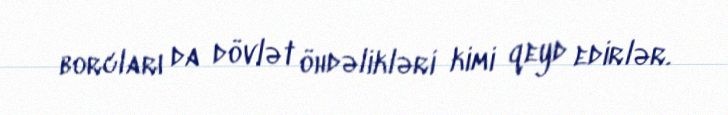
borcları da dövlət öhdəlikləri kimi qeyd edirlər.